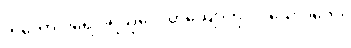
တတော ပရေ ပရသုဝေ၊ ဟိယျောတု ဒိဝသေ ဂတေ။